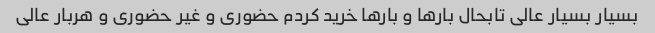
بسیار بسیار عالی تابحال بارها و بارها خرید کردم حضوری و غیر حضوری و هربار عالی